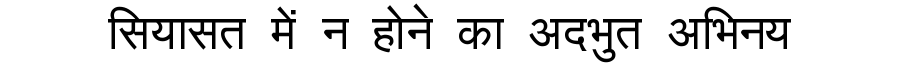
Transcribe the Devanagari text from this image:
सियासत में न होने का अदभुत अभिनय